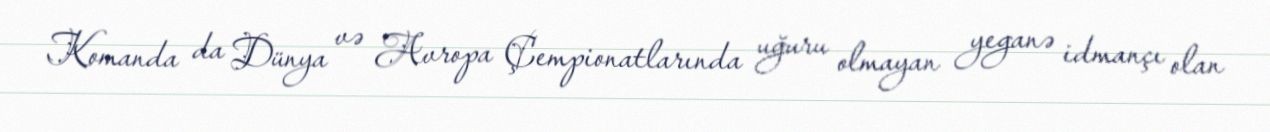
Komanda da Dünya və Avropa Çempionatlarında uğuru olmayan yeganə idmançı olan